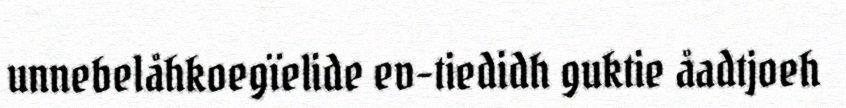
unnebelåhkoegïelide ev-tiedidh guktie åadtjoeh